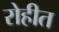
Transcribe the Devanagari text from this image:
रोहीत